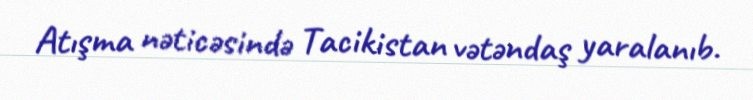
Atışma nəticəsində Tacikistan vətəndaş yaralanıb.